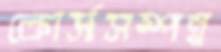
কোর্সসম্পন্ন